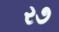
ર૭